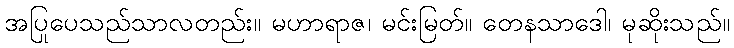
အပြုပေသည်သာလတည်း။ မဟာရာဇ၊ မင်းမြတ်။ တေနသာဒေါ၊ မုဆိုးသည်။